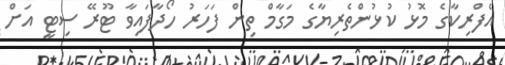
އެފްރިކާގެ މޮޅު ކުޅުންތެރިޔާގެ މަގާމް ތިން ފަހަރު ހޯދާފައިވާ ޓޫރޭ ސިޓީ އަށް